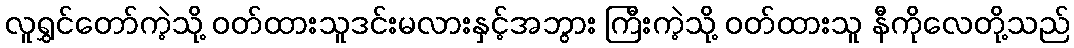
လူရွှင်တော်ကဲ့သို့ ဝတ်ထားသူဒင်းမလားနှင့်အဘွား ကြီးကဲ့သို့ ဝတ်ထားသူ နီကိုလေတို့သည်